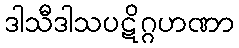
ဒါသီဒါသပဋိဂ္ဂဟဏာ